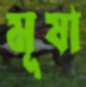
মূষা